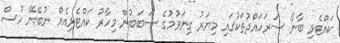
ކައްޓެޅި ބާނާ ސަރަހައްދުތަކުގައި މިޔަރު ގިނަވުމުގެ ސަބަބުން މިހާރު ކައްޓެޅިއެއް ނުބޭނޭ ހުސް